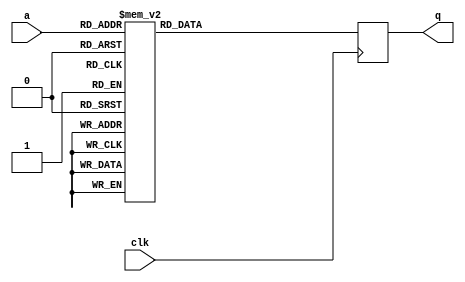
module tboxd0(input wire clk,
              input wire [7:0] a,
              output reg [31:0] q);

   always @(posedge clk)
     case (a)
	8'd0: q = 32'h51f4a750;
	8'd1: q = 32'h7e416553;
	8'd2: q = 32'h1a17a4c3;
	8'd3: q = 32'h3a275e96;
	8'd4: q = 32'h3bab6bcb;
	8'd5: q = 32'h1f9d45f1;
	8'd6: q = 32'hacfa58ab;
	8'd7: q = 32'h4be30393;
	8'd8: q = 32'h2030fa55;
	8'd9: q = 32'had766df6;
	8'd10: q = 32'h88cc7691;
	8'd11: q = 32'hf5024c25;
	8'd12: q = 32'h4fe5d7fc;
	8'd13: q = 32'hc52acbd7;
	8'd14: q = 32'h26354480;
	8'd15: q = 32'hb562a38f;
	8'd16: q = 32'hdeb15a49;
	8'd17: q = 32'h25ba1b67;
	8'd18: q = 32'h45ea0e98;
	8'd19: q = 32'h5dfec0e1;
	8'd20: q = 32'hc32f7502;
	8'd21: q = 32'h814cf012;
	8'd22: q = 32'h8d4697a3;
	8'd23: q = 32'h6bd3f9c6;
	8'd24: q = 32'h38f5fe7;
	8'd25: q = 32'h15929c95;
	8'd26: q = 32'hbf6d7aeb;
	8'd27: q = 32'h955259da;
	8'd28: q = 32'hd4be832d;
	8'd29: q = 32'h587421d3;
	8'd30: q = 32'h49e06929;
	8'd31: q = 32'h8ec9c844;
	8'd32: q = 32'h75c2896a;
	8'd33: q = 32'hf48e7978;
	8'd34: q = 32'h99583e6b;
	8'd35: q = 32'h27b971dd;
	8'd36: q = 32'hbee14fb6;
	8'd37: q = 32'hf088ad17;
	8'd38: q = 32'hc920ac66;
	8'd39: q = 32'h7dce3ab4;
	8'd40: q = 32'h63df4a18;
	8'd41: q = 32'he51a3182;
	8'd42: q = 32'h97513360;
	8'd43: q = 32'h62537f45;
	8'd44: q = 32'hb16477e0;
	8'd45: q = 32'hbb6bae84;
	8'd46: q = 32'hfe81a01c;
	8'd47: q = 32'hf9082b94;
	8'd48: q = 32'h70486858;
	8'd49: q = 32'h8f45fd19;
	8'd50: q = 32'h94de6c87;
	8'd51: q = 32'h527bf8b7;
	8'd52: q = 32'hab73d323;
	8'd53: q = 32'h724b02e2;
	8'd54: q = 32'he31f8f57;
	8'd55: q = 32'h6655ab2a;
	8'd56: q = 32'hb2eb2807;
	8'd57: q = 32'h2fb5c203;
	8'd58: q = 32'h86c57b9a;
	8'd59: q = 32'hd33708a5;
	8'd60: q = 32'h302887f2;
	8'd61: q = 32'h23bfa5b2;
	8'd62: q = 32'h2036aba;
	8'd63: q = 32'hed16825c;
	8'd64: q = 32'h8acf1c2b;
	8'd65: q = 32'ha779b492;
	8'd66: q = 32'hf307f2f0;
	8'd67: q = 32'h4e69e2a1;
	8'd68: q = 32'h65daf4cd;
	8'd69: q = 32'h605bed5;
	8'd70: q = 32'hd134621f;
	8'd71: q = 32'hc4a6fe8a;
	8'd72: q = 32'h342e539d;
	8'd73: q = 32'ha2f355a0;
	8'd74: q = 32'h58ae132;
	8'd75: q = 32'ha4f6eb75;
	8'd76: q = 32'hb83ec39;
	8'd77: q = 32'h4060efaa;
	8'd78: q = 32'h5e719f06;
	8'd79: q = 32'hbd6e1051;
	8'd80: q = 32'h3e218af9;
	8'd81: q = 32'h96dd063d;
	8'd82: q = 32'hdd3e05ae;
	8'd83: q = 32'h4de6bd46;
	8'd84: q = 32'h91548db5;
	8'd85: q = 32'h71c45d05;
	8'd86: q = 32'h406d46f;
	8'd87: q = 32'h605015ff;
	8'd88: q = 32'h1998fb24;
	8'd89: q = 32'hd6bde997;
	8'd90: q = 32'h894043cc;
	8'd91: q = 32'h67d99e77;
	8'd92: q = 32'hb0e842bd;
	8'd93: q = 32'h7898b88;
	8'd94: q = 32'he7195b38;
	8'd95: q = 32'h79c8eedb;
	8'd96: q = 32'ha17c0a47;
	8'd97: q = 32'h7c420fe9;
	8'd98: q = 32'hf8841ec9;
	8'd99: q = 32'h0;
	8'd100: q = 32'h9808683;
	8'd101: q = 32'h322bed48;
	8'd102: q = 32'h1e1170ac;
	8'd103: q = 32'h6c5a724e;
	8'd104: q = 32'hfd0efffb;
	8'd105: q = 32'hf853856;
	8'd106: q = 32'h3daed51e;
	8'd107: q = 32'h362d3927;
	8'd108: q = 32'ha0fd964;
	8'd109: q = 32'h685ca621;
	8'd110: q = 32'h9b5b54d1;
	8'd111: q = 32'h24362e3a;
	8'd112: q = 32'hc0a67b1;
	8'd113: q = 32'h9357e70f;
	8'd114: q = 32'hb4ee96d2;
	8'd115: q = 32'h1b9b919e;
	8'd116: q = 32'h80c0c54f;
	8'd117: q = 32'h61dc20a2;
	8'd118: q = 32'h5a774b69;
	8'd119: q = 32'h1c121a16;
	8'd120: q = 32'he293ba0a;
	8'd121: q = 32'hc0a02ae5;
	8'd122: q = 32'h3c22e043;
	8'd123: q = 32'h121b171d;
	8'd124: q = 32'he090d0b;
	8'd125: q = 32'hf28bc7ad;
	8'd126: q = 32'h2db6a8b9;
	8'd127: q = 32'h141ea9c8;
	8'd128: q = 32'h57f11985;
	8'd129: q = 32'haf75074c;
	8'd130: q = 32'hee99ddbb;
	8'd131: q = 32'ha37f60fd;
	8'd132: q = 32'hf701269f;
	8'd133: q = 32'h5c72f5bc;
	8'd134: q = 32'h44663bc5;
	8'd135: q = 32'h5bfb7e34;
	8'd136: q = 32'h8b432976;
	8'd137: q = 32'hcb23c6dc;
	8'd138: q = 32'hb6edfc68;
	8'd139: q = 32'hb8e4f163;
	8'd140: q = 32'hd731dcca;
	8'd141: q = 32'h42638510;
	8'd142: q = 32'h13972240;
	8'd143: q = 32'h84c61120;
	8'd144: q = 32'h854a247d;
	8'd145: q = 32'hd2bb3df8;
	8'd146: q = 32'haef93211;
	8'd147: q = 32'hc729a16d;
	8'd148: q = 32'h1d9e2f4b;
	8'd149: q = 32'hdcb230f3;
	8'd150: q = 32'hd8652ec;
	8'd151: q = 32'h77c1e3d0;
	8'd152: q = 32'h2bb3166c;
	8'd153: q = 32'ha970b999;
	8'd154: q = 32'h119448fa;
	8'd155: q = 32'h47e96422;
	8'd156: q = 32'ha8fc8cc4;
	8'd157: q = 32'ha0f03f1a;
	8'd158: q = 32'h567d2cd8;
	8'd159: q = 32'h223390ef;
	8'd160: q = 32'h87494ec7;
	8'd161: q = 32'hd938d1c1;
	8'd162: q = 32'h8ccaa2fe;
	8'd163: q = 32'h98d40b36;
	8'd164: q = 32'ha6f581cf;
	8'd165: q = 32'ha57ade28;
	8'd166: q = 32'hdab78e26;
	8'd167: q = 32'h3fadbfa4;
	8'd168: q = 32'h2c3a9de4;
	8'd169: q = 32'h5078920d;
	8'd170: q = 32'h6a5fcc9b;
	8'd171: q = 32'h547e4662;
	8'd172: q = 32'hf68d13c2;
	8'd173: q = 32'h90d8b8e8;
	8'd174: q = 32'h2e39f75e;
	8'd175: q = 32'h82c3aff5;
	8'd176: q = 32'h9f5d80be;
	8'd177: q = 32'h69d0937c;
	8'd178: q = 32'h6fd52da9;
	8'd179: q = 32'hcf2512b3;
	8'd180: q = 32'hc8ac993b;
	8'd181: q = 32'h10187da7;
	8'd182: q = 32'he89c636e;
	8'd183: q = 32'hdb3bbb7b;
	8'd184: q = 32'hcd267809;
	8'd185: q = 32'h6e5918f4;
	8'd186: q = 32'hec9ab701;
	8'd187: q = 32'h834f9aa8;
	8'd188: q = 32'he6956e65;
	8'd189: q = 32'haaffe67e;
	8'd190: q = 32'h21bccf08;
	8'd191: q = 32'hef15e8e6;
	8'd192: q = 32'hbae79bd9;
	8'd193: q = 32'h4a6f36ce;
	8'd194: q = 32'hea9f09d4;
	8'd195: q = 32'h29b07cd6;
	8'd196: q = 32'h31a4b2af;
	8'd197: q = 32'h2a3f2331;
	8'd198: q = 32'hc6a59430;
	8'd199: q = 32'h35a266c0;
	8'd200: q = 32'h744ebc37;
	8'd201: q = 32'hfc82caa6;
	8'd202: q = 32'he090d0b0;
	8'd203: q = 32'h33a7d815;
	8'd204: q = 32'hf104984a;
	8'd205: q = 32'h41ecdaf7;
	8'd206: q = 32'h7fcd500e;
	8'd207: q = 32'h1791f62f;
	8'd208: q = 32'h764dd68d;
	8'd209: q = 32'h43efb04d;
	8'd210: q = 32'hccaa4d54;
	8'd211: q = 32'he49604df;
	8'd212: q = 32'h9ed1b5e3;
	8'd213: q = 32'h4c6a881b;
	8'd214: q = 32'hc12c1fb8;
	8'd215: q = 32'h4665517f;
	8'd216: q = 32'h9d5eea04;
	8'd217: q = 32'h18c355d;
	8'd218: q = 32'hfa877473;
	8'd219: q = 32'hfb0b412e;
	8'd220: q = 32'hb3671d5a;
	8'd221: q = 32'h92dbd252;
	8'd222: q = 32'he9105633;
	8'd223: q = 32'h6dd64713;
	8'd224: q = 32'h9ad7618c;
	8'd225: q = 32'h37a10c7a;
	8'd226: q = 32'h59f8148e;
	8'd227: q = 32'heb133c89;
	8'd228: q = 32'hcea927ee;
	8'd229: q = 32'hb761c935;
	8'd230: q = 32'he11ce5ed;
	8'd231: q = 32'h7a47b13c;
	8'd232: q = 32'h9cd2df59;
	8'd233: q = 32'h55f2733f;
	8'd234: q = 32'h1814ce79;
	8'd235: q = 32'h73c737bf;
	8'd236: q = 32'h53f7cdea;
	8'd237: q = 32'h5ffdaa5b;
	8'd238: q = 32'hdf3d6f14;
	8'd239: q = 32'h7844db86;
	8'd240: q = 32'hcaaff381;
	8'd241: q = 32'hb968c43e;
	8'd242: q = 32'h3824342c;
	8'd243: q = 32'hc2a3405f;
	8'd244: q = 32'h161dc372;
	8'd245: q = 32'hbce2250c;
	8'd246: q = 32'h283c498b;
	8'd247: q = 32'hff0d9541;
	8'd248: q = 32'h39a80171;
	8'd249: q = 32'h80cb3de;
	8'd250: q = 32'hd8b4e49c;
	8'd251: q = 32'h6456c190;
	8'd252: q = 32'h7bcb8461;
	8'd253: q = 32'hd532b670;
	8'd254: q = 32'h486c5c74;
	8'd255: q = 32'hd0b85742;

     endcase // case (a)
endmodule